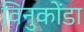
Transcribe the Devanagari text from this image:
विनुकोंडा